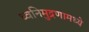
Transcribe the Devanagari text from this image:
ध्वनिमुद्रणामध्ये